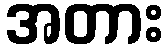
အတား